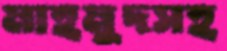
মাহমুদসহ